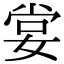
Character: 𡝣